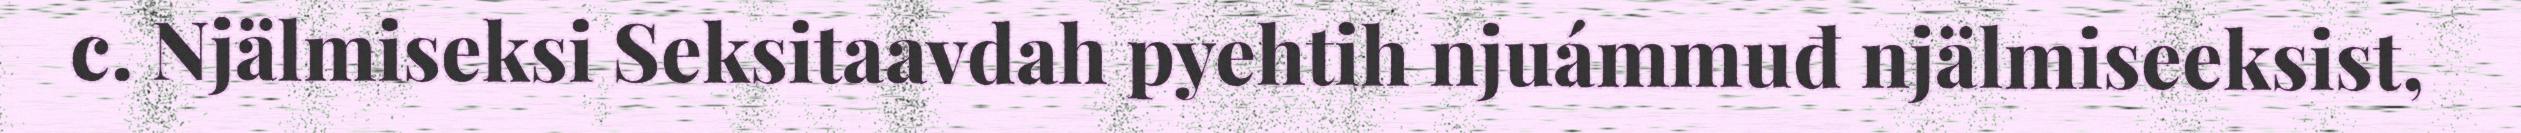
c. Njälmiseksi Seksitaavdah pyehtih njuámmuđ njälmiseeksist,